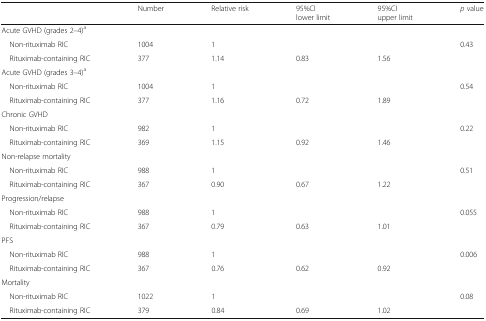
<table><thead><tr><td></td><td><b>Number</b></td><td><b>Relative risk</b></td><td><b>95%CIlower limit</b></td><td><b>95%CIupper limit</b></td><td><b><i>p</i> value</b></td></tr></thead><tbody><tr><td>Acute GVHD (grades 2–4)<sup>a</sup></td><td></td><td></td><td></td><td></td><td></td></tr><tr><td> Non-rituximab RIC</td><td>1004</td><td>1</td><td></td><td></td><td>0.43</td></tr><tr><td> Rituximab-containing RIC</td><td>377</td><td>1.14</td><td>0.83</td><td>1.56</td><td></td></tr><tr><td>Acute GVHD (grades 3–4)<sup>a</sup></td><td></td><td></td><td></td><td></td><td></td></tr><tr><td> Non-rituximab RIC</td><td>1004</td><td>1</td><td></td><td></td><td>0.54</td></tr><tr><td> Rituximab-containing RIC</td><td>377</td><td>1.16</td><td>0.72</td><td>1.89</td><td></td></tr><tr><td>Chronic GVHD</td><td></td><td></td><td></td><td></td><td></td></tr><tr><td> Non-rituximab RIC</td><td>982</td><td>1</td><td></td><td></td><td>0.22</td></tr><tr><td> Rituximab-containing RIC</td><td>369</td><td>1.15</td><td>0.92</td><td>1.46</td><td></td></tr><tr><td>Non-relapse mortality</td><td></td><td></td><td></td><td></td><td></td></tr><tr><td> Non-rituximab RIC</td><td>988</td><td>1</td><td></td><td></td><td>0.51</td></tr><tr><td> Rituximab-containing RIC</td><td>367</td><td>0.90</td><td>0.67</td><td>1.22</td><td></td></tr><tr><td>Progression/relapse</td><td></td><td></td><td></td><td></td><td></td></tr><tr><td> Non-rituximab RIC</td><td>988</td><td>1</td><td></td><td></td><td>0.055</td></tr><tr><td> Rituximab-containing RIC</td><td>367</td><td>0.79</td><td>0.63</td><td>1.01</td><td></td></tr><tr><td>PFS</td><td></td><td></td><td></td><td></td><td></td></tr><tr><td> Non-rituximab RIC</td><td>988</td><td>1</td><td></td><td></td><td>0.006</td></tr><tr><td> Rituximab-containing RIC</td><td>367</td><td>0.76</td><td>0.62</td><td>0.92</td><td></td></tr><tr><td>Mortality</td><td></td><td></td><td></td><td></td><td></td></tr><tr><td> Non-rituximab RIC</td><td>1022</td><td>1</td><td></td><td></td><td>0.08</td></tr><tr><td> Rituximab-containing RIC</td><td>379</td><td>0.84</td><td>0.69</td><td>1.02</td><td></td></tr></tbody></table>